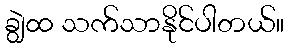
ချွဲထ သက်သာနိုင်ပါတယ်။